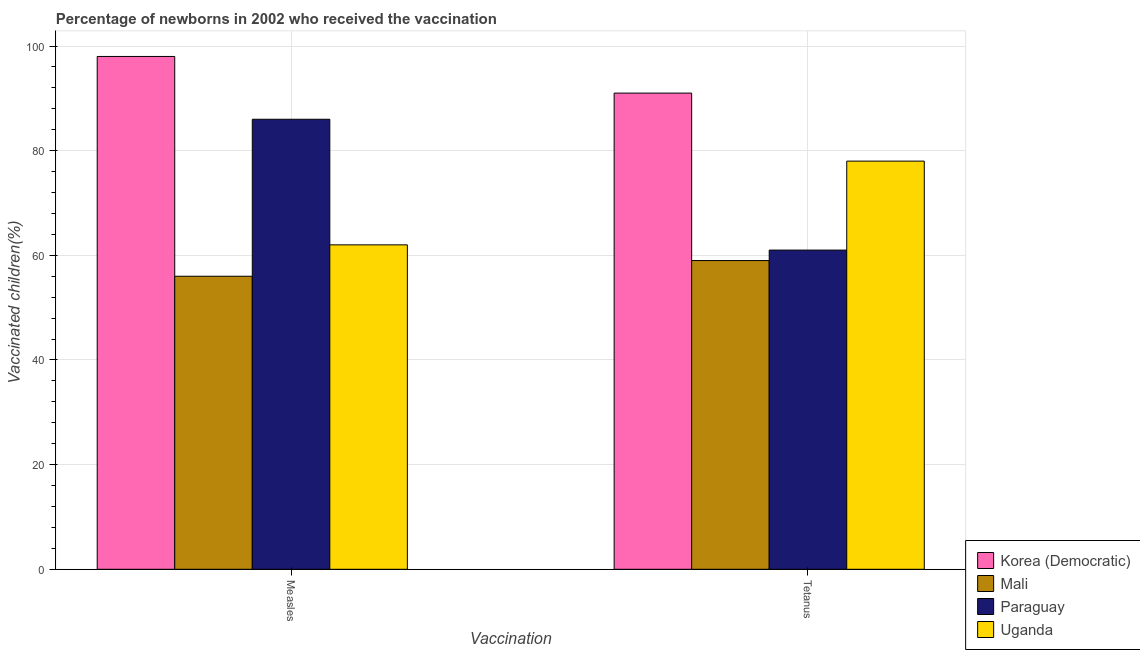
| Vaccination | Korea (Democratic) | Mali | Paraguay | Uganda |
 | --- | --- | --- | --- | --- |
 | Measles | 98 | 56 | 86 | 62 |
 | Tetanus | 91 | 59 | 61 | 78 |